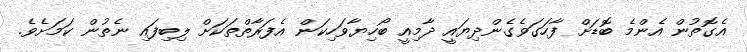
އެގޮތުން އެންމެ ބޮޑަށް ފާހަގަވެގެންދިޔައީ ދާމިއީ ބޯހިޔާވަހިކަން އެފަރާތްތަކަށް ލިބިފައި ނެތުން ކަމަށެވެ.